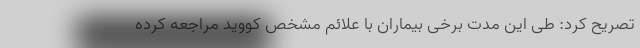
تصریح کرد: طی این مدت برخی بیماران با علائم مشخص کووید مراجعه کرده